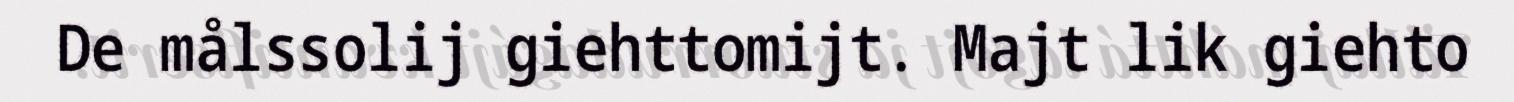
De målssolij giehttomijt. Majt lik giehto